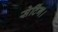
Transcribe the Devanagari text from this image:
सेटिंग।